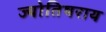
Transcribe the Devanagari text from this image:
ज्योतिषराय